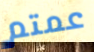
عمتم